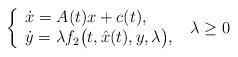
LaTeX: \begin{align*} \left\{ \begin{array}{l} \dot x = A(t)x + c(t),\\ \dot y = \lambda f_2\big(t, \hat x(t), y, \lambda\big), \end{array} \right. \,\, \lambda \geq 0\end{align*}